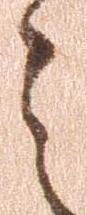
之